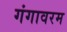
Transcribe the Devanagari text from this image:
गंगावरम